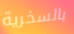
بالسخرية